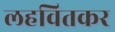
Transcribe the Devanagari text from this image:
लहवितकर